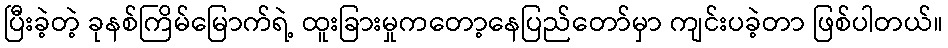
ပြီးခဲ့တဲ့ ခုနစ်ကြိမ်မြောက်ရဲ့ ထူးခြားမှုကတော့နေပြည်တော်မှာ ကျင်းပခဲ့တာ ဖြစ်ပါတယ်။